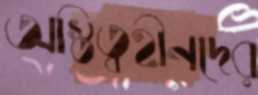
অস্তিত্বহীনদের